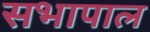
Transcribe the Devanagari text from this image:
सभापाल